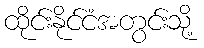
ထိုင်းနိုင်ငံအတွင်းသို့